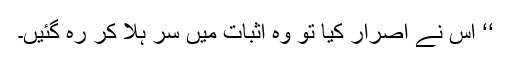
‘‘ اس نے اصرار کیا تو وہ اثبات میں سر ہلا کر رہ گئیں۔